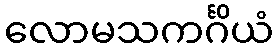
လောမသကင်္ဂိယံ